Lunatic asylums Bombay report 1891-1903 - 1891-1903
Year: 1891
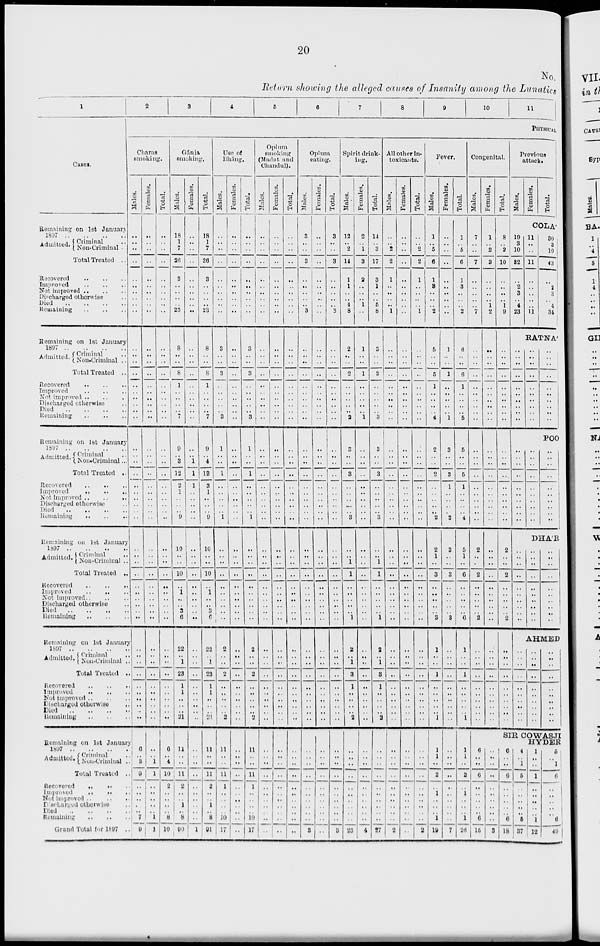
20
No.
Return showing the alleged causes of Insanity among the Lunatics
1
Cases.
Remaining on 1st January
1897 .. .. .. ..
Admitted. Criminal ..
Non-Criminal ..
Total Treated ..
Recovered .. .. ..
Improved
..
..
..
Not-improved .. .. ..
Discharged otherwise ..
Died .. .. .. ..
Remaining .. .. ..
Remaining on 1st January
1897 .. .. .. ..
Admitted. Criminal ..
Non-Criminal ..
Total Treated ..
Recovered .. .. ..
Inproved .. .. ..
Not-improved .. .. ..
Discharged otherwise ..
Died .. .. .. ..
Remaining .. .. ..
Remaining on 1st January
1897 .. .. .. ..
Admitted. Criminal ..
Non-Criminal ...
Total Treated ..
Recovered .. .. ..
Improved .. .. ..
Not-improved .. .. ..
Discharged otherwise ..
Died .. .. .. ..
Remaining
..
..
..
Remaining on 1st January
1897 .. .. .. ..
Admitted. Criminal ..
Non-Criminal ..
Total Treated ..
Recovered .. .. ..
Improved .. .. ..
Not improved .. .. ..
Discharged otherwise ..
Died .. .. .. ..
Remaining .. .. ..
Remaining on 1st January
1807 .. .. .. ..
Admitted. Criminal ..
Non-Criminal ..
Total Treated ..
Recovered .. .. ..
Improved .. .. ..
Not improved .. .. ..
Discharged otherwise ..
Died .. .. .. ..
Remaining .. .. ..
Remaining on 1st January
1897 .. .. .. ..
Admitted. Criminal ..
Non-Criminal ..
Total Treated ..
Recovered .. .. ..
Improved .. .. ..
Not improved .. ..
Discharged otherwise ..
Died .. .. .. ..
Remaining .. .. ..
Grand Total for 1897 ..
2
3
4
5
6
7
8
9
10
11
PHYSICAL
Charas
smoking.
Males.
..
..
..
..
..
..
..
..
..
..
..
..
..
..
..
..
..
..
..
..
..
..
..
..
..
..
..
..
..
..
..
..
..
..
..
..
..
..
..
..
..
..
..
..
..
..
..
..
..
..
6
..
3
9
..
..
..
..
..
7
9
Females.
..
..
..
..
..
..
..
..
..
..
..
..
..
..
..
..
..
..
..
..
..
..
..
..
..
..
..
..
..
..
..
..
..
..
..
..
..
..
..
..
..
..
..
..
..
..
..
..
..
..
..
..
1
1
..
..
..
..
..
1
1
Total.
..
..
..
..
..
..
..
..
..
..
..
..
..
..
..
..
..
..
..
..
..
..
..
..
..
..
..
..
..
..
..
..
..
..
..
..
..
..
..
..
..
..
..
..
..
..
..
..
..
..
6
..
4
10
2
..
..
..
..
8
10
Gánja
smoking
Males.
18
1
7
26
3
..
..
..
..
23
8
..
..
8
1
..
..
..
..
7
9
..
3
12
2
1
..
..
.. 9
10
..
..
10
..
1
..
..
3
6
22
..
1
23
1
1
..
..
..
21
11
..
..
11
2
..
..
1
..
8
90
Females.
..
..
..
..
..
..
..
..
..
..
..
..
..
..
..
..
..
..
..
..
..
..
1
1
1
..
..
..
..
..
..
..
..
..
..
..
..
..
..
..
..
..
..
..
..
..
..
..
..
..
..
..
..
..
..
..
..
..
..
..
1
Total.
18
1
7
26
3
..
..
..
..
23
8
..
..
8
1
..
..
..
..
7
9
..
4
13
3
1
..
..
.. 9
10
..
..
10
..
1
..
..
3
6
22
..
1
23
1
1
..
..
..
21
11
..
..
11
2
..
..
1
..
8
91
Use of
Bhang.
Males.
..
..
..
..
..
..
..
..
..
..
3
..
..
3
..
..
..
..
..
3
1
..
..
1
..
..
..
..
..
1
..
..
..
..
..
..
..
..
..
..
2
..
..
2
..
..
..
..
..
2
11
..
..
11
1
..
..
..
..
10
17
Females.
..
..
..
..
..
..
..
..
..
..
..
..
..
..
..
..
..
..
..
..
..
..
..
..
..
..
..
..
..
..
..
..
..
..
..
..
..
..
..
..
..
..
..
..
..
..
..
..
..
..
..
..
..
..
..
..
..
..
..
..
..
Total.
..
..
..
..
..
..
..
..
..
..
3
..
..
3
..
..
..
..
..
3
1
..
..
1
..
..
..
..
.. 1
..
..
..
..
..
..
..
..
..
..
2
..
..
2
..
..
..
..
..
2
11
..
..
11
1
..
..
..
..
10
17
Opium
smoking
(Madat and
Chandul).
Males.
..
..
..
..
..
..
..
..
..
..
..
..
..
..
..
..
..
..
..
..
..
..
..
..
..
..
..
..
..
..
..
..
..
..
..
..
..
..
..
..
..
..
..
..
..
..
..
..
..
..
..
..
..
..
..
..
..
..
..
..
..
Females.
..
..
..
..
..
..
..
..
..
..
..
..
..
..
..
..
..
..
..
..
..
..
..
..
..
..
..
..
..
..
..
..
..
..
..
..
..
..
..
..
..
..
..
..
..
..
..
..
..
..
..
..
..
..
..
..
..
..
..
..
..
Total.
..
..
..
..
..
..
..
..
..
..
..
..
..
..
..
..
..
..
..
..
..
..
..
..
..
..
..
..
..
..
..
..
..
..
..
..
..
..
..
..
..
..
..
..
..
..
..
..
..
..
..
..
..
..
..
..
..
..
..
..
..
Opi umeat i ng.
Males.
3
..
..
3
..
..
..
..
..
3
..
..
..
..
..
..
..
..
..
..
..
..
..
..
..
..
..
..
..
..
..
..
..
..
..
..
..
..
..
..
..
..
..
..
..
..
..
..
..
..
..
..
..
..
..
..
..
..
..
..
8
Females.
..
..
..
..
..
..
..
..
..
..
..
..
..
..
..
..
..
..
..
..
..
..
..
..
..
..
..
..
..
..
..
..
..
..
..
..
..
..
..
..
..
..
..
..
..
..
..
..
..
..
..
..
..
..
..
..
..
..
..
..
..
Total.
3
..
..
3
..
..
..
..
..
3
..
..
..
..
..
..
..
..
..
..
..
..
..
..
..
..
..
..
..
..
..
..
..
..
..
..
..
..
..
..
..
..
..
..
..
..
..
..
..
..
..
..
..
..
..
..
..
..
..
..
8
Spirit drink-
ing.
Males.
12
..
2
14
1
1
..
..
4
8
2
..
..
2
..
..
..
..
..
2
3
..
..
3
..
..
..
..
..
3
..
..
1
1
..
..
..
..
..
1
2
..
1
3
1
..
..
..
..
2
..
..
..
..
..
..
..
..
..
..
23
Females.
2
..
1
3
2
..
..
..
1
..
1
..
..
1
..
..
..
..
..
1
..
..
..
..
..
..
..
..
..
..
..
..
..
..
..
..
..
..
..
..
..
..
..
..
..
..
..
..
..
..
..
..
..
..
..
..
..
..
..
..
4
Total.
14
..
3
17
3
1
..
..
5
8
3
..
..
3
..
..
..
..
..
3
3
..
..
3
..
..
..
..
.. 3
..
..
1
1
..
..
..
..
..
1
2
..
1
3
1
..
..
..
..
2
..
..
..
..
..
..
..
..
..
..
27
All other In-
toxicants.
Males.
..
..
2
2
1
..
..
..
..
1
..
..
..
..
..
..
..
..
..
..
..
..
..
..
..
..
..
..
..
..
..
..
..
..
..
..
..
..
..
..
..
..
..
..
..
..
..
..
..
..
..
..
..
..
..
..
..
..
..
..
2
Females.
..
..
..
..
..
..
..
..
..
..
..
..
..
..
..
..
..
..
..
..
..
..
..
..
..
..
..
..
..
..
..
..
..
..
..
..
..
..
..
..
..
..
..
..
..
..
..
..
..
..
..
..
..
..
..
..
..
..
..
..
..
Total.
..
..
2
2
1
..
..
..
..
1
..
..
..
..
..
..
..
..
..
..
..
..
..
..
..
..
..
..
..
..
..
..
..
..
..
..
..
..
..
..
..
..
..
..
..
..
..
..
..
..
..
..
..
..
..
..
..
..
..
..
2
Fever.
Males.
1
..
5
6
1
3
..
..
..
2
5
..
..
5
1
..
..
..
..
4
2
..
..
2
..
..
..
..
.. 2
2
1
..
3
..
..
..
..
..
3
1
..
..
1
..
..
..
..
..
1
1
1
..
2
..
1
..
..
..
1
19
Females.
..
..
..
..
..
..
..
..
..
..
1
..
..
1
..
..
..
..
..
1
3
..
..
3
1
..
..
..
.. 2
3
..
..
3
..
..
..
..
..
3
..
..
..
..
..
..
..
..
..
..
..
..
..
..
..
..
..
..
..
..
7
Total.
1
..
5
6
1
3
..
..
..
2
6
..
..
6
1
..
..
..
..
5
5
..
..
5
1
..
..
..
.. 4
5
1
..
6
..
..
..
..
..
6
1
..
..
1
..
..
..
..
..
1
1
1
..
2
..
1
..
..
..
1
26
Congenital.
Males.
7
..
..
7
..
..
..
..
..
7
..
..
..
..
..
..
..
..
..
..
..
..
..
..
..
..
..
..
..
..
2
..
..
2
..
..
..
..
..
2
..
..
..
..
..
..
..
..
..
..
6
..
..
6
..
..
..
..
..
6
15
Females.
1
..
2
3
..
..
..
..
1
2
..
..
..
..
..
..
..
..
..
..
..
..
..
..
..
..
..
..
..
..
..
..
..
..
..
..
..
..
..
..
..
..
..
..
..
..
..
..
..
..
..
..
..
..
..
..
..
..
..
..
3
Total.
8
..
2
10
..
..
..
..
1
9
..
..
..
..
..
..
..
..
..
..
..
..
..
..
..
..
..
..
..
..
2
..
..
2
..
..
..
..
..
2
..
..
..
..
..
..
..
..
..
..
Previous
attack.
Males.
Females.
Total.
COLÁ
19
3
10
32
..
2
3
..
4
23
11
..
..
11
..
..
..
..
..
11
30
3
10
43
..
2
3
..
4
34
RATNA'
..
..
..
..
..
..
..
..
..
..
..
..
..
..
..
..
..
..
..
..
..
..
..
..
..
..
..
..
..
..
POO
..
..
..
..
..
..
..
..
..
..
..
..
..
..
..
..
..
..
..
..
..
..
..
..
..
..
..
..
..
..
DHA'R
..
..
..
..
..
..
..
..
..
..
..
..
..
..
..
..
..
..
..
..
..
..
..
..
..
..
..
..
..
..
AHMED
..
..
..
..
..
..
..
..
..
..
..
..
..
..
..
..
..
..
..
..
..
..
..
..
..
..
..
..
..
..
SIR COWASJI
HYDER
6
..
..
6
..
..
..
..
..
6
18
4
..
1
5
..
..
..
..
..
5
37
1
..
..
1
..
..
..
..
..
1
12
5
..
1
6
..
..
..
..
..
6
49